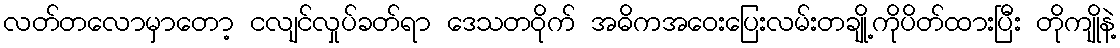
လတ်တလောမှာတော့ ငလျင်လှုပ်ခတ်ရာ ဒေသတဝိုက် အဓိကအဝေးပြေးလမ်းတချို့ကိုပိတ်ထားပြီး တိုကျိုနဲ့